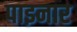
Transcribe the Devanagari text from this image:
पाइनार